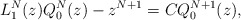
\begin{align*} L^N_1(z) Q^N_0(z) - z^{N+1} = C Q^{N+1}_0(z), \end{align*}